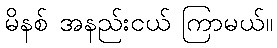
မိနစ် အနည်းငယ် ကြာမယ်။